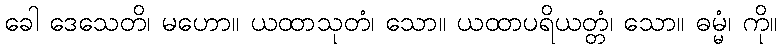
ခေါ ဒေသေတိ၊ မဟော။ ယထာသုတံ၊ သော။ ယထာပရိယတ္တံ၊ သော။ ဓမ္မံ၊ ကို။